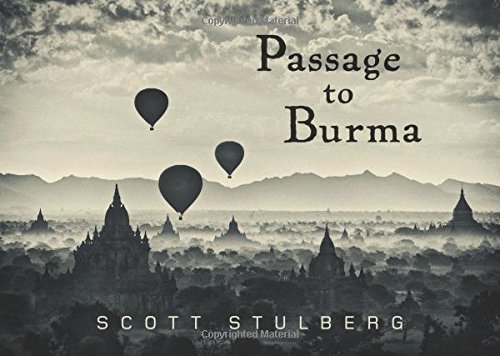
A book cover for Passage to Burma; Scott Stulberg; Travel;